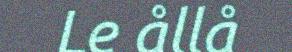
Le ållå